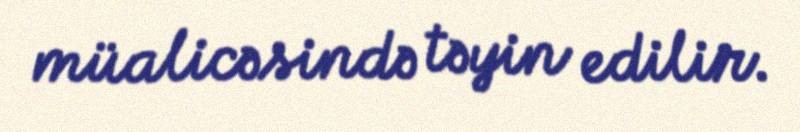
müalicəsində təyin edilir.